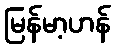
မြန်မာ့ဟန်